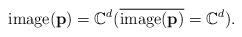
LaTeX: \begin{align*}\operatorname(\mathbf p)=\mathbb C^d (\overline{\operatorname(\mathbf p)}=\mathbb C^d).\end{align*}